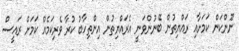
ނޫންކަން ކަމަށާއި ރައްޔިތުން ބޭނުންވަނީ އެރައްޔިތުން އިންތިހާބު ކުރާ ވެރިކަމެއް ކަމަށް ރައީސް